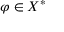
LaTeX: \varphi \in X ^ { * }